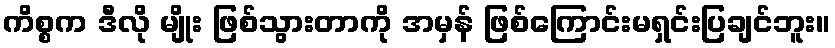
ကိစ္စက ဒီလို မျိုး ဖြစ်သွားတာကို အမှန် ဖြစ်ကြောင်းမရှင်းပြချင်ဘူး။